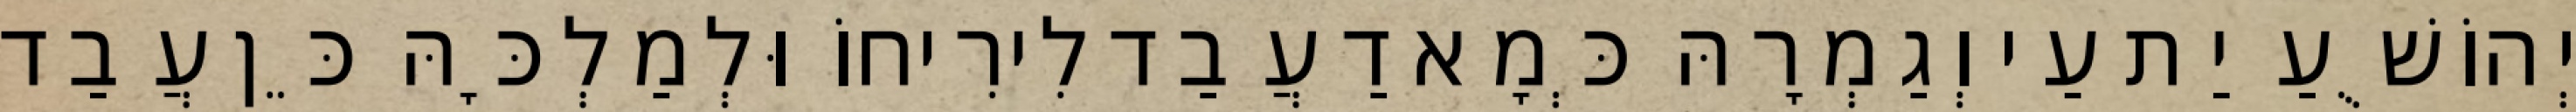
יְהוֹשֻׁעַ יַת עַי וְגַמְרָהּ כְּמָא דַעֲבַד לִירִיחוֹ וּלְמַלְכָּהּ כֵּן עֲבַד